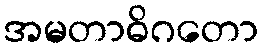
အမတာဓိဂတော